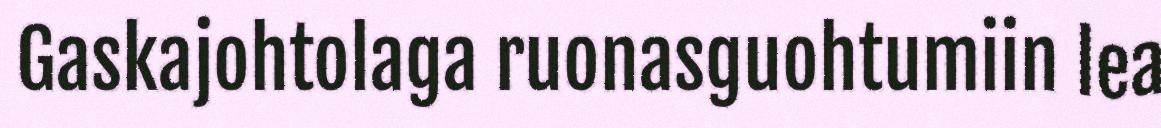
Gaskajohtolaga ruonasguohtumiin lea